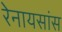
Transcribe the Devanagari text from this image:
रेनायसांस